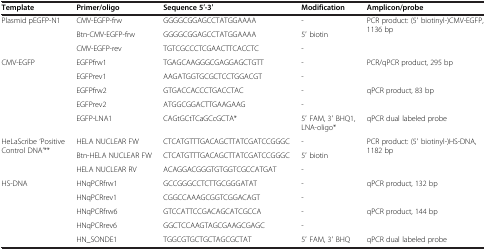
| Template | Primer/oligo | Sequence 5′-3′ | Modification | Amplicon/probe |
 | --- | --- | --- | --- | --- |
 | <ROWSPAN=3> Plasmid pEGFP-N1 | CMV-EGFP-frw | GGGGCGGAGCCTATGGAAAA | - | <ROWSPAN=3> PCR product: (5′ biotinyl-)CMV-EGFP, 1136 bp |
 | Btn-CMV-EGFP-frw | GGGGCGGAGCCTATGGAAAA | 5′ biotin |
 | CMV-EGFP-rev | TGTCGCCCTCGAACTTCACCTC | - |
 | <ROWSPAN=5> CMV-EGFP | EGFPfrw1 | TGAGCAAGGGCGAGGAGCTGTT | - | <ROWSPAN=2> PCR/qPCR product, 295 bp |
 | EGFPrev1 | AAGATGGTGCGCTCCTGGACGT | - |
 | EGFPfrw2 | GTGACCACCCTGACCTAC | - | <ROWSPAN=2> qPCR product, 83 bp |
 | EGFPrev2 | ATGGCGGACTTGAAGAAG | - |
 | EGFP-LNA1 | CAGtGCtTCaGCcGCTA* | 5′ FAM, 3′ BHQ1, LNA-oligo* | qPCR dual labeled probe |
 | <ROWSPAN=3> HeLaScribe ‘Positive Control DNA’** | HELA NUCLEAR FW | CTCATGTTTGACAGCTTATCGATCCGGGC | - | <ROWSPAN=3> PCR product: (5′ biotinyl-)HS-DNA, 1182 bp |
 | Btn-HELA NUCLEAR FW | CTCATGTTTGACAGCTTATCGATCCGGGC | 5′ biotin |
 | HELA NUCLEAR RV | ACAGGACGGGTGTGGTCGCCATGAT | - |
 | <ROWSPAN=5> HS-DNA | HNqPCRfrw1 | GCCGGGCCTCTTGCGGGATAT | - | <ROWSPAN=2> qPCR product, 132 bp |
 | HNqPCRrev1 | CGGCCAAAGCGGTCGGACAGT | - |
 | HNqPCRfrw6 | GTCCATTCCGACAGCATCGCCA | - | <ROWSPAN=2> qPCR product, 144 bp |
 | HNqPCRrev6 | GGCTCCAAGTAGCGAAGCGAGC | - |
 | HN_SONDE1 | TGGCGTGCTGCTAGCGCTAT | 5′ FAM, 3′ BHQ | qPCR dual labeled probe |